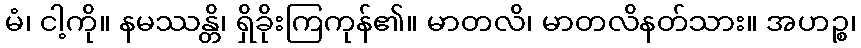
မံ၊ ငါ့ကို။ နမဿန္တိ၊ ရှိခိုးကြကုန်၏။ မာတလိ၊ မာတလိနတ်သား။ အဟဉ္စ၊